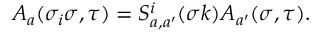
A _ { a } ( \sigma _ { i } \sigma , \tau ) = S _ { a , a ^ { \prime } } ^ { i } ( \sigma k ) A _ { a ^ { \prime } } ( \sigma , \tau ) .